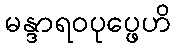
မန္ဒာရဝပုပ္ဖေဟိ